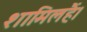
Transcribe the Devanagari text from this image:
शामिलहैं।